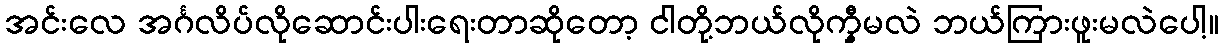
အင်းလေ အင်္ဂလိပ်လိုဆောင်းပါးရေးတာဆိုတော့ ငါတို့ဘယ်လိုက္မှီမလဲ ဘယ်ကြားဖူးမလဲပေါ့။